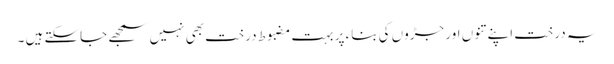
یہ درخت اپنے تنوں اور جڑوں کی بناء پر بہت مضبوط درخت بھی نہیں سمجھے جاسکتے ہیں ۔